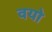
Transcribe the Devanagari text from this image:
वयो